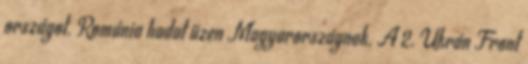
országot. Románia hadat üzen Magyarországnak. A 2. Ukrán Front